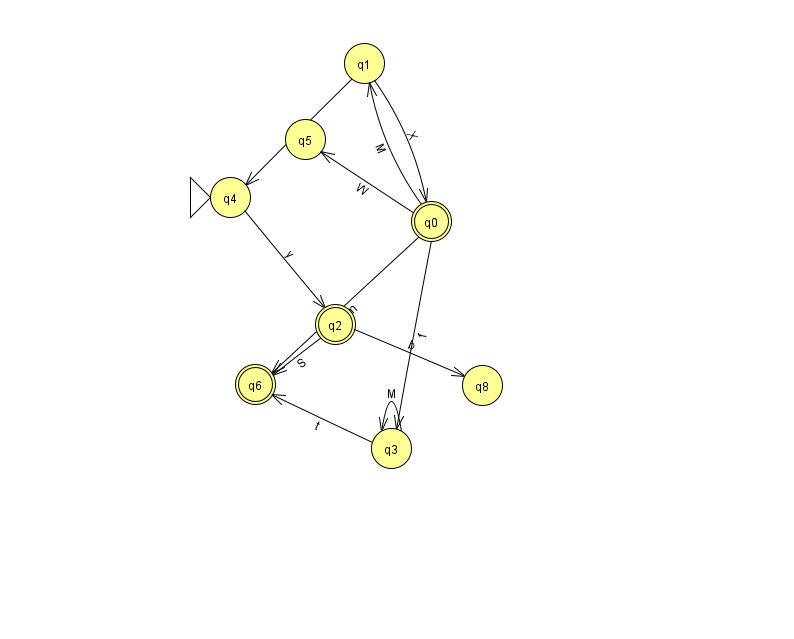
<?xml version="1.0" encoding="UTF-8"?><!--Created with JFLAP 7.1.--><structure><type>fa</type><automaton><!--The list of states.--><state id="0" name="q0"><x>431.0</x><y>208.0</y><final/></state><state id="1" name="q1"><x>364.0</x><y>50.0</y></state><state id="2" name="q2"><x>335.0</x><y>311.0</y><final/></state><state id="3" name="q3"><x>391.0</x><y>435.0</y></state><state id="4" name="q4"><x>230.0</x><y>184.0</y><initial/></state><state id="5" name="q5"><x>305.0</x><y>126.0</y></state><state id="6" name="q6"><x>255.0</x><y>371.0</y><final/></state><state id="8" name="q8"><x>482.0</x><y>372.0</y></state><!--The list of transitions.--><transition><from>0</from><to>3</to><read>f</read></transition><transition><from>1</from><to>4</to><read>b</read></transition><transition><from>2</from><to>6</to><read>S</read></transition><transition><from>1</from><to>0</to><read>X</read></transition><transition><from>2</from><to>8</to><read>b</read></transition><transition><from>3</from><to>6</to><read>t</read></transition><transition><from>0</from><to>1</to><read>M</read></transition><transition><from>4</from><to>2</to><read>y</read></transition><transition><from>0</from><to>6</to><read>m</read></transition><transition><from>3</from><to>3</to><read>M</read></transition><transition><from>0</from><to>5</to><read>W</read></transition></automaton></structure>